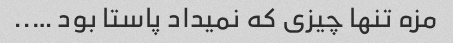
مزه تنها چیزی که نمیداد پاستا بود …..